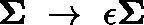
\mathbf { \Sigma } \ \to \ \epsilon \mathbf { \Sigma }